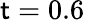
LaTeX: \mathsf{t}=0.6